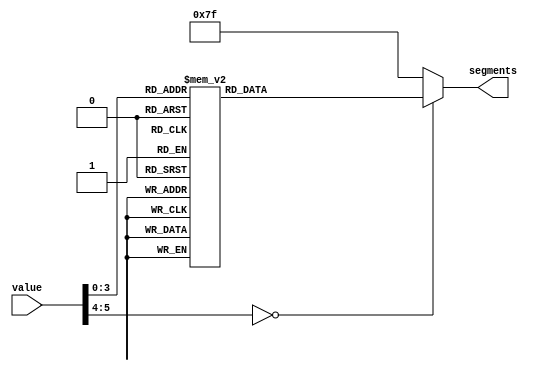
module seven_segment_decoder(
  input [5:0] value,
  output reg [6:0] segments
);

  always @* begin
    case (value)
      6'b000000: segments = 7'b1000000; // 0
      6'b000001: segments = 7'b1111001; // 1
      6'b000010: segments = 7'b0100100; // 2
      6'b000011: segments = 7'b0110000; // 3
      6'b000100: segments = 7'b0011001; // 4
      6'b000101: segments = 7'b0010010; // 5
      6'b000110: segments = 7'b0000010; // 6
      6'b000111: segments = 7'b1111000; // 7
      6'b001000: segments = 7'b0000000; // 8
      6'b001001: segments = 7'b0010000; // 9
		default: segments = 7'b1111111; 	 // default
		endcase
	end
endmodule